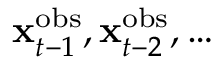
{ \bf x } _ { t - 1 } ^ { \mathrm { o b s } } , { \bf x } _ { t - 2 } ^ { \mathrm { o b s } } , \dots